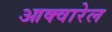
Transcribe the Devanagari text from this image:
आक्वारेल